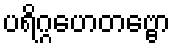
ပရိဂ္ဂဟေတဗ္ဗော